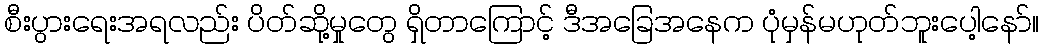
စီးပွားရေးအရလည်း ပိတ်ဆို့မှုတွေ ရှိတာကြောင့် ဒီအခြေအနေက ပုံမှန်မဟုတ်ဘူးပေါ့နော်။